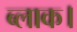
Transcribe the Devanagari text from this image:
ब्‍लाक।